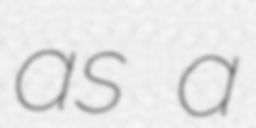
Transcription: as a